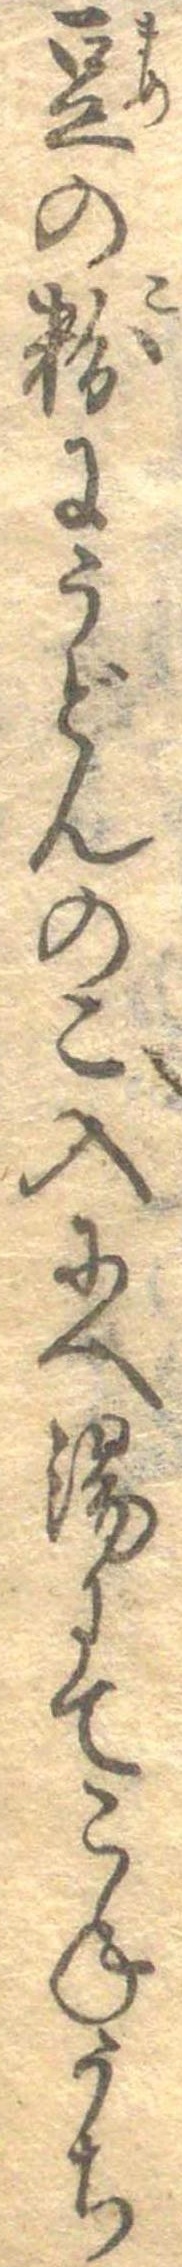
豆の粉にうどんのこ入にへ湯にてこねうち